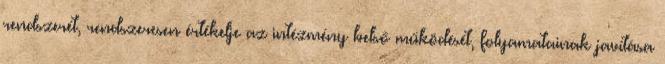
rendszerét, rendszeresen értékelje az intézmény belső működését, folyamatainak javítása